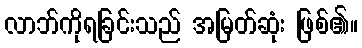
လာဘ်ကိုရခြင်းသည် အမြတ်ဆုံး ဖြစ်၏။